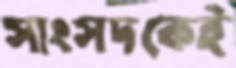
সাংসদকেই